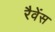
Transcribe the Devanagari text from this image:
रैवेंस